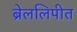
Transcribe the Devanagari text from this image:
ब्रेललिपीत